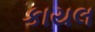
કાયલ